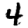
Digit: 4